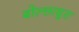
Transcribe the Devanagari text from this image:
बोल्छाधुरा